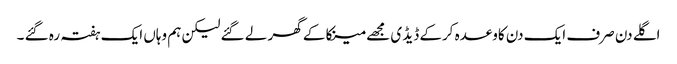
اگلے دن صرف ایک دن کاوعدہ کرکے ڈیڈ ی مجھے مینکا کے گھر لے گئے لیکن ہم وہاں ایک ہفتہ رہ گئے ۔